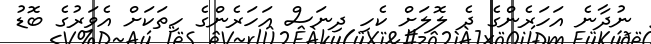
ނުދާނެ އަހަރެންގެ ދެ ލޮލަށް ކެހި ދިނަސް އަހަރެންގެ ހިތަކަށް އެވަރުގެ ބޮޑު